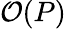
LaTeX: {\cal O}(P)